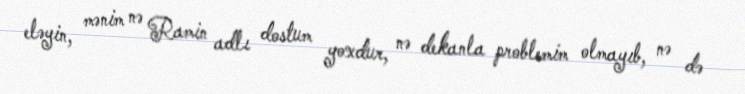
eləyin, mənim nə Ramin adlı dostum yoxdur, nə dekanla problemim olmayıb, nə də